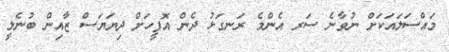
މައްސަލައަކަށް ނުވާނެ ސަރ އެންމެ ރަނގަޅު ދެން އޮފީހަށް ދިޔަޔަސް ޒާއިން ބުނެލީ